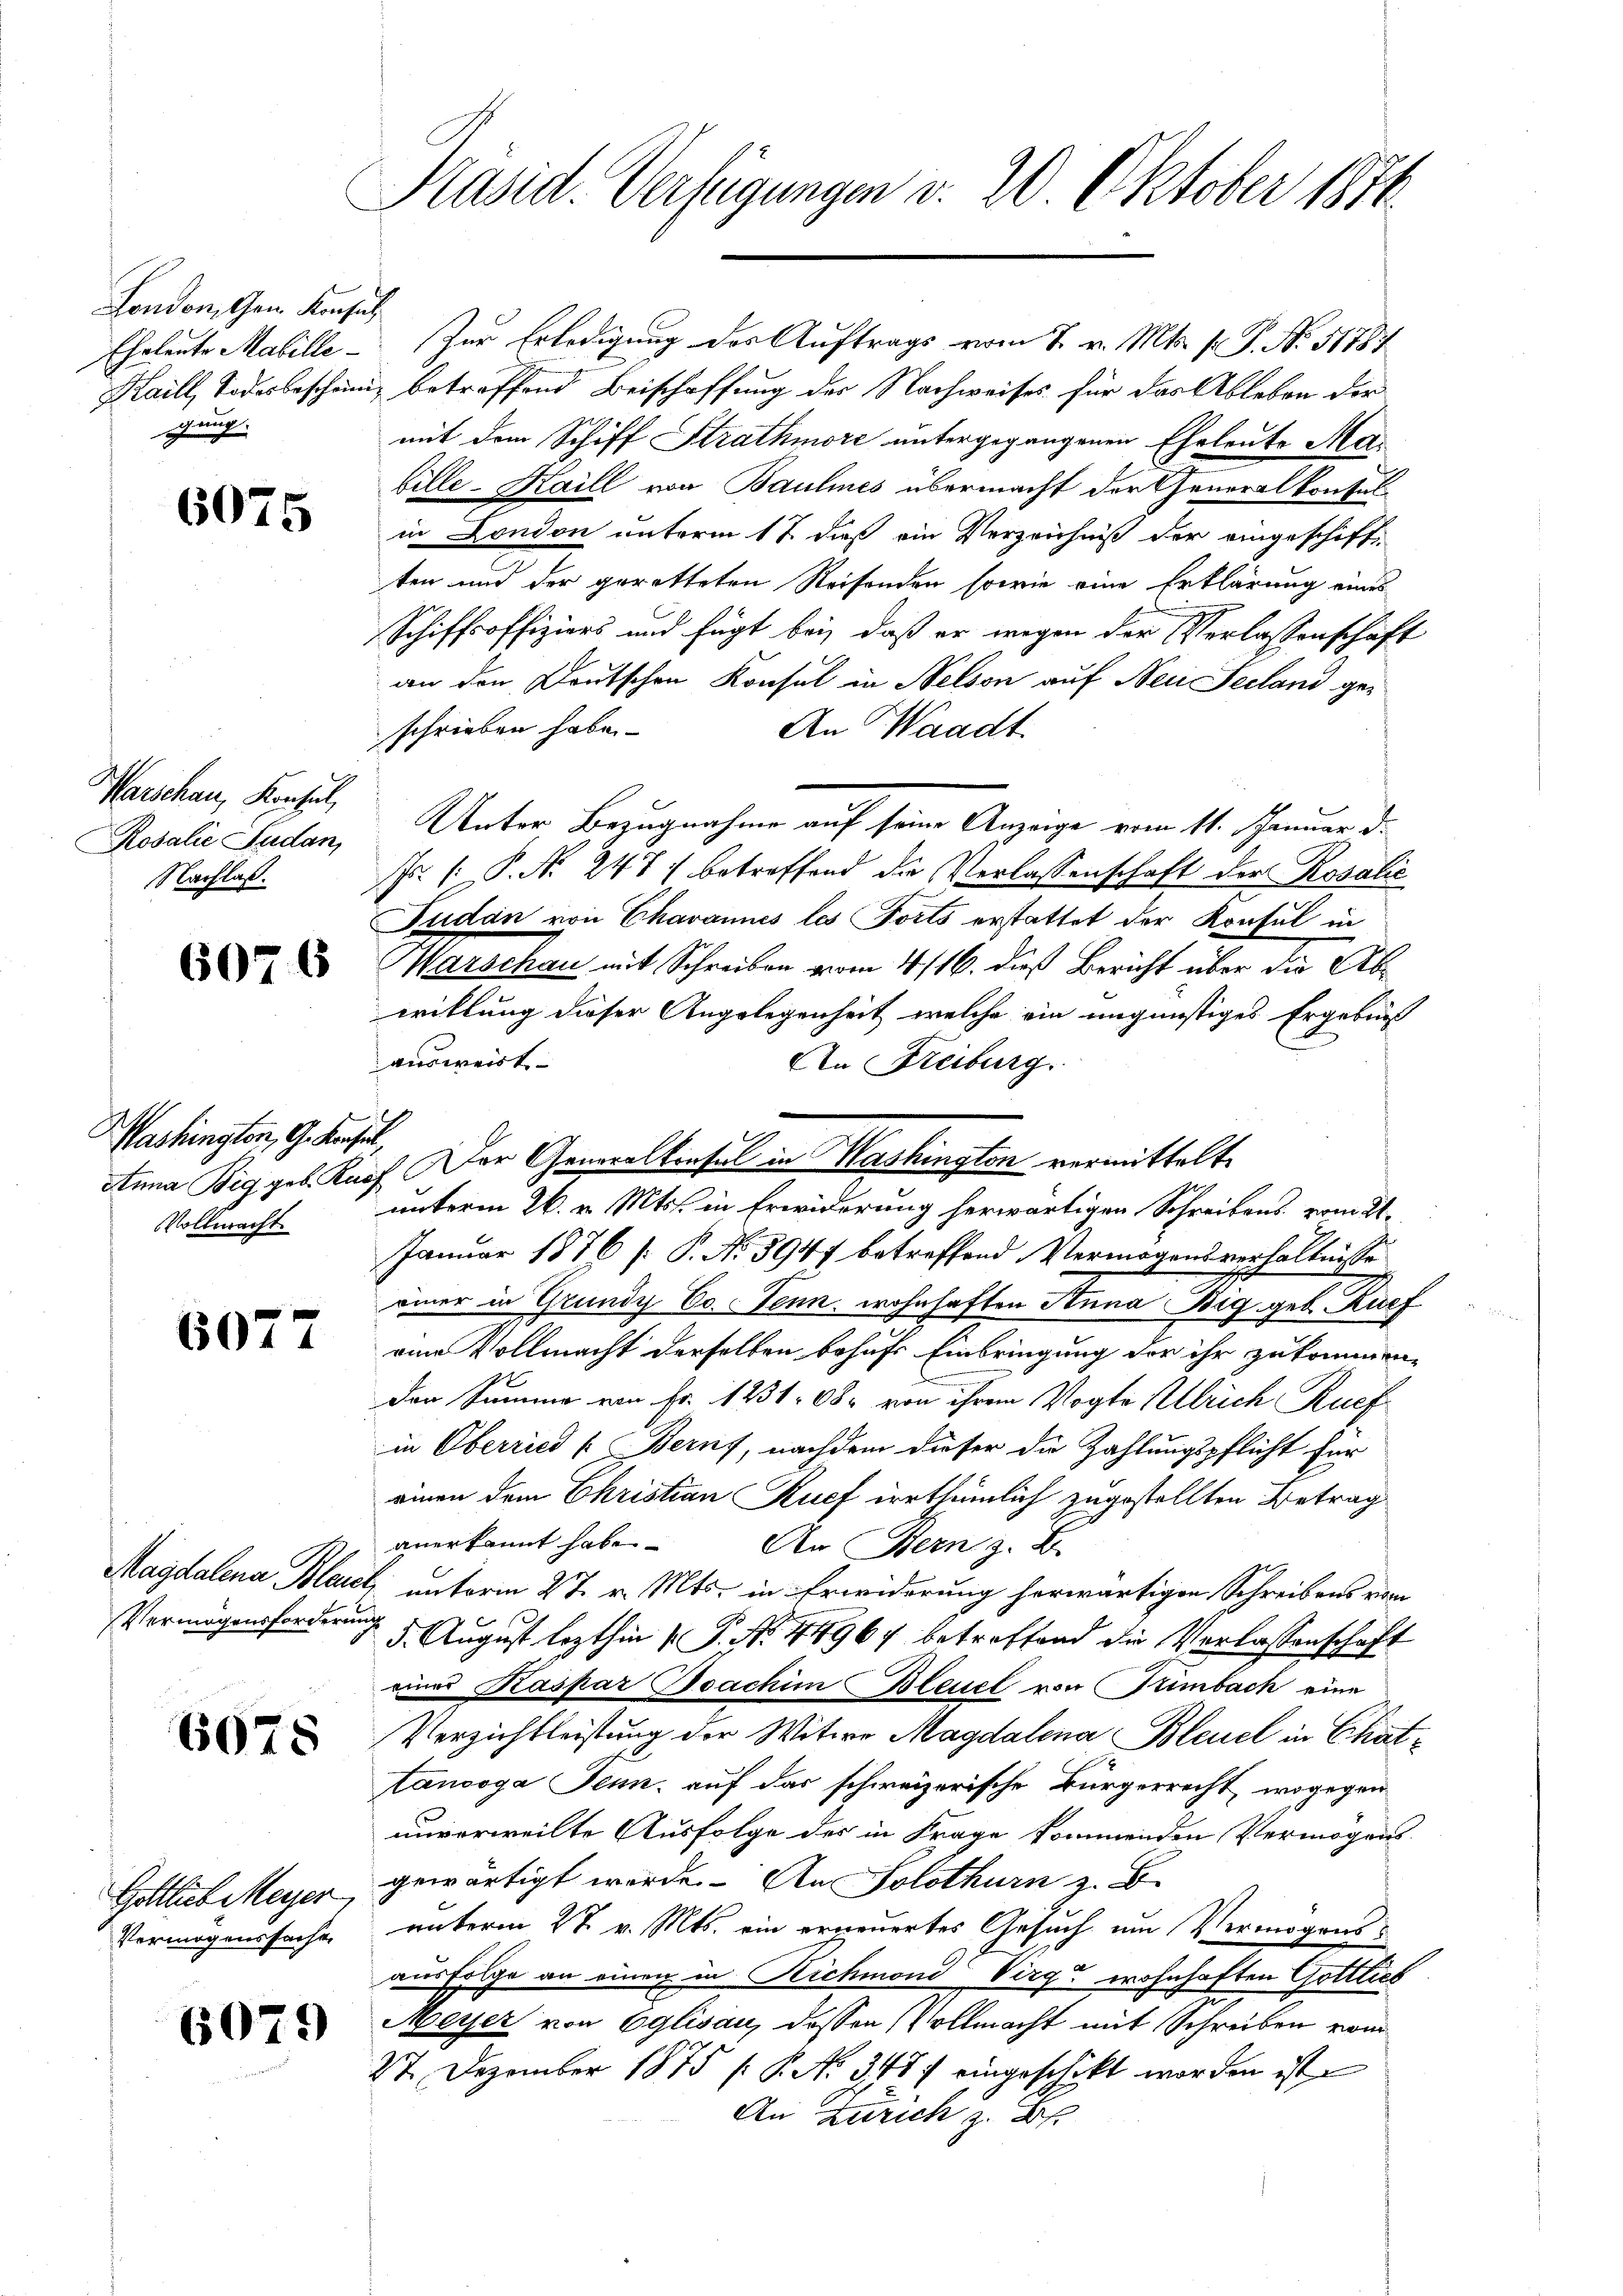
London, den Konsul
Eheleute Mabille
gung.

6075

Warschau, Konsul,
Rosalie Sudan,
Nachlaß.

6076

Washington, G. Konsul,
Anna Big geb. Ruc
Vollmacht.

6077

Magdalena Blauer
Vermögensforderung

6075

Gottlieb Meyer
Vermögenssache

607.

Präsid. Verfügungen v. 20. Oktober 1874.

Zur Erledigung des Auftrags vom 7. v. Mts. f. P. No. 51787
Kaill, Todesbeschänig betreffend Beischaffung der Nachweises für das Ableben der
mit dem Schiff Strathmore untergegangenen Eheleute Mabille- Haill von Baulines übermacht der Generalkonsul
in London unterm 17 dieß ein Verzeichniß der eingeschiff-
ten und der geretteten Reisenden sowie eine Erklärung eines
Schiffsoffiziers und fügt bei, daß er wegen der Verlassenschaft
an den Deutschen Konsul in Nelson auf Neue Seeland geschrieben habe.
An Waadt
F. /: P. N. 241) betreffend die Verlassenschaft der Rosalić
Tudan von Chavannes les Forts erstattet der Konsul in
Warschau mit Schreiben vom 4/16. dieß Bericht über die Abwillung dieser Angelegenheit welche ein ungünstiges Ergebnis
ausweist
An Freiburg
unterm 26. v. Mts. in Erwiderung herwärtigen Schreibens vom 21.
Januar 1876 [ P. No 3947 betreffend Vermögensverhältnisse
einer in Grundy Co. Senn, wohnhaften Anna Big geb. Ruef
eine Vollmacht derselben behufs Einbringung der ihr zukommen,
den Summe von Fr. 1231. 68. von ihrem Vogte Allrich Ruef
in Oberried [Bern, nachdem dieser die Zahlungspflicht für
einen dem Christian Kuef irrthümlich zugestellten Betrag
anerkannt habe. An Stern z. B
unterm 27. v. Mts. in Erwiderung herwärtigen Schreibens vom
 5. August lezthin P. No. 44967 betreffend die Verlassenschaft
eines Kaspar Boachim Bleuel von Trimbach eine
Verzichtleistung der Witwe Magdalena Bleuel in Schättancoga Jenn, auf das schweizerische Bürgerrecht, wogegen
unverweilte Ausfolge des in Frage kommenden Vermögensgewärtigt werde. An Solothurn z. B.
unterm 27 v. Mts. ein erneuertes Gesuch um Vermögensausfolge an einen in Richmond Virg wohnhaften Gottlieb
Meyer von Eglisau, dessen Vollmacht mit Schreiben vom
27. Dezember 1875 (: P. No. 348 f eingeschickt worden ist
An Zürich z. B.

Unter Bezugnahme auf seine Anzeige vom 11. Januar d.

ch. Der Generalkinsel in Mashington vermittelte